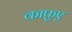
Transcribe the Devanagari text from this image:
काफ़ुए